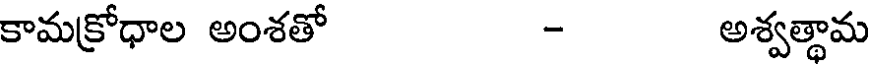
కామక్రోధాల అంశతో - అశ్వత్థామ